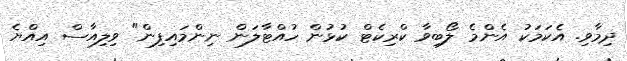
ދިމާވި. އެކަމަކު އެންމެ ލޯބިވާ ކްރިކެޓް ކުޅުން ހުއްޓާލަން ނިންމައިފިން" ވިލިއާސް އިއްޔެ